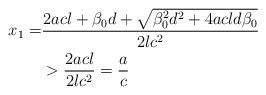
LaTeX: \begin{align*}x_1=&\frac{2acl+ \beta_0 d + \sqrt{\beta_0^2d^2+4acld\beta_0} }{2lc^2}\\&>\frac{2acl}{2lc^2}=\frac{a}{c}\end{align*}